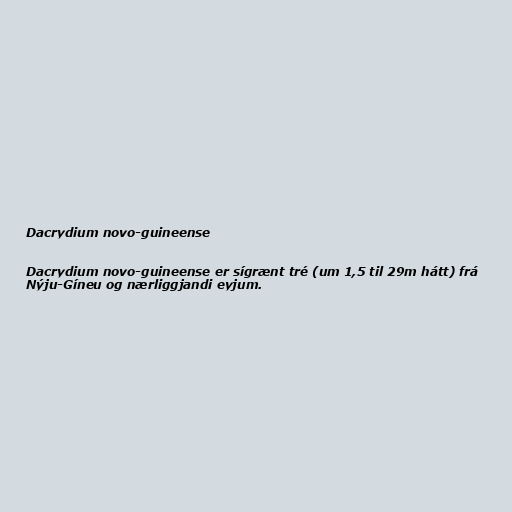
Dacrydium novo-guineense

Dacrydium novo-guineense er sígrænt tré (um 1,5 til 29m hátt) frá
Nýju-Gíneu og nærliggjandi eyjum.